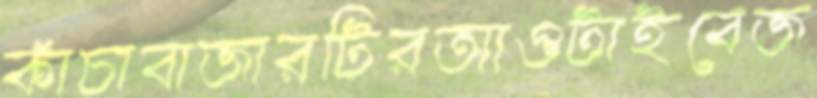
কাঁচাবাজারটিরআওটাইবেজ